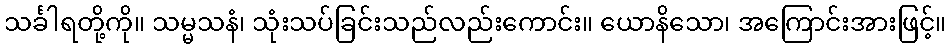
သင်္ခါရတို့ကို။ သမ္မသနံ၊ သုံးသပ်ခြင်းသည်လည်းကောင်း။ ယောနိသော၊ အကြောင်းအားဖြင့်။